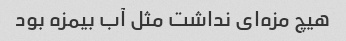
هیچ مزه‌ای نداشت مثل آب بیمزه بود